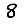
Digit: 8